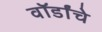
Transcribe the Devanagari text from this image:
वॉर्डांचे